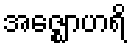
အဇ္ဈောဟရိ